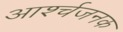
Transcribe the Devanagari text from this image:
आर्श्चजनक